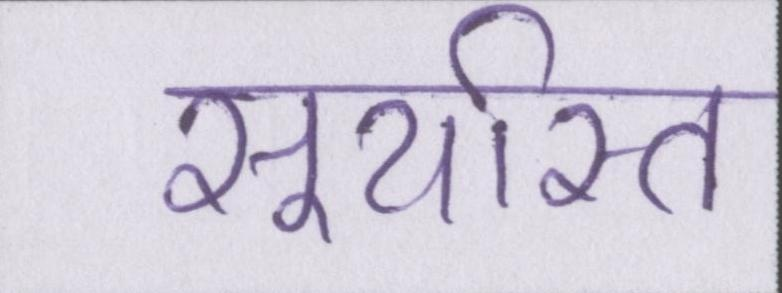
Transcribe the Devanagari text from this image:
सूर्यास्त